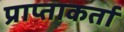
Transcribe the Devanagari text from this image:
प्राप्ताकर्ता